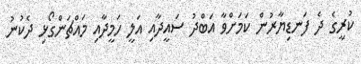
ކުރީގެ ދެ ފަނޑިޔާރުން ކަމަށްވާ އަބްދު ސައީދާއި އަލީ ހަމީދާއި މައްޗަންގޯޅި ދެކުނު